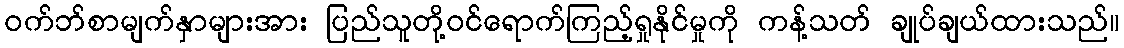
ဝက်ဘ်စာမျက်နှာများအား ပြည်သူတို့ဝင်ရောက်ကြည့်ရှုနိုင်မှုကို ကန့်သတ် ချုပ်ချယ်ထားသည်။